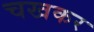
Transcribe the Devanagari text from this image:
चखकर